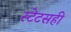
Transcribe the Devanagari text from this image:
स्टेटसही